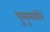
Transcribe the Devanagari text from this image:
पुलुमावीने